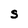
Character: S